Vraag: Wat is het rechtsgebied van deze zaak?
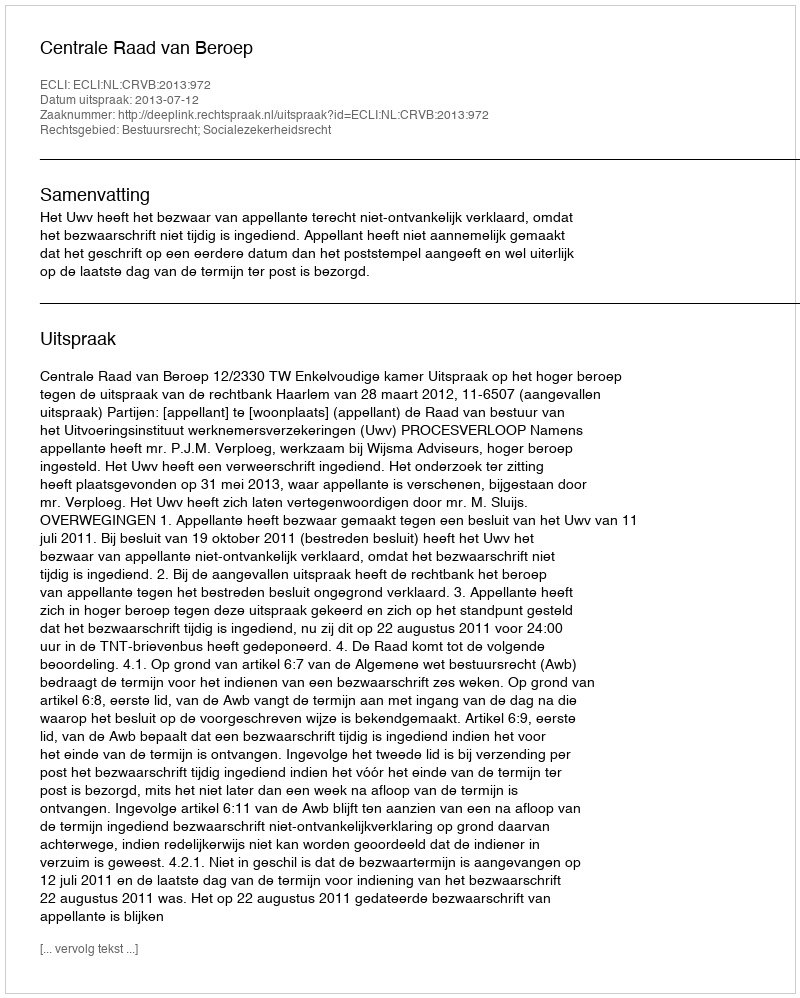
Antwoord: Bestuursrecht; Socialezekerheidsrecht